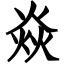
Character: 焱